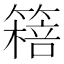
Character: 𥳖